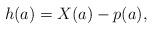
LaTeX: \begin{align*} h(a) = X(a) - p(a), \end{align*}